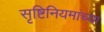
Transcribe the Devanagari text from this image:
सृष्टिनियमांच्या